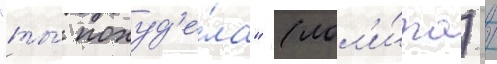
"ты́ похуд'е́ла" (лол'и́та) /